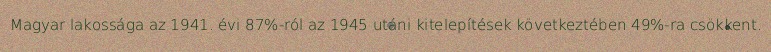
Magyar lakossága az 1941. évi 87%-ról az 1945 utáni kitelepítések következtében 49%-ra csökkent.